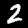
Label: 2